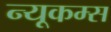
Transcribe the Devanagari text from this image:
न्यूकम्स